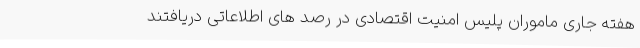
هفته جاری ماموران پلیس امنیت اقتصادی در رصد های اطلاعاتی دریافتند